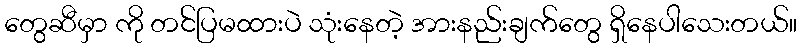
တွေဆီမှာ ကို တင်ပြမထားပဲ သုံးနေတဲ့ အားနည်းချက်တွေ ရှိနေပါသေးတယ်။